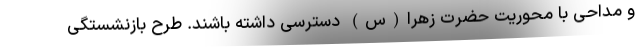
و مداحی با محوریت حضرت زهرا(س) دسترسی داشته باشند. طرح بازنشستگی